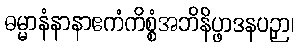
ဓမ္မာနံနာနာဧကံကိစ္စံအဘိနိပ္ဖာဒနပဉှာ၊